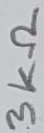
Text: 1.5KΩ